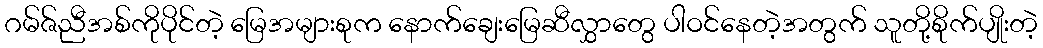
ဂမ်ဇ်ညီအစ်ကိုပိုင်တဲ့ မြေအများစုက နောက်ချေးမြေဆီလွှာတွေ ပါဝင်နေတဲ့အတွက် သူတို့စိုက်ပျိုးတဲ့